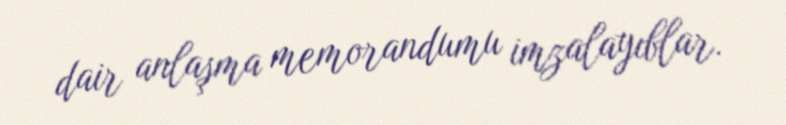
dair anlaşma memorandumu imzalayıblar.